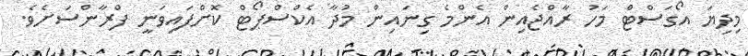
މިދިޔަ އޯގަސްޓް މަހު ރާއްޖެއިން އެންމެ ގިނައިން މުދާ އެކްސްޕޯޓް ކޮށްފައިވަނީ ފްރާންސަށެވެ.